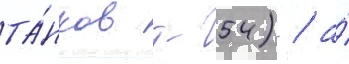
та́нков т-54) / а́